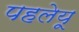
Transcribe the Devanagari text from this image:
पहलेयू